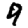
Digit: 9